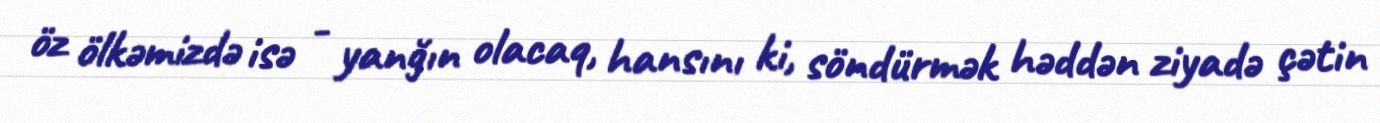
öz ölkəmizdə isə - yanğın olacaq, hansını ki, söndürmək həddən ziyadə çətin